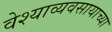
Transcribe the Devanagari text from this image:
वेश्याव्यवसायाच्या